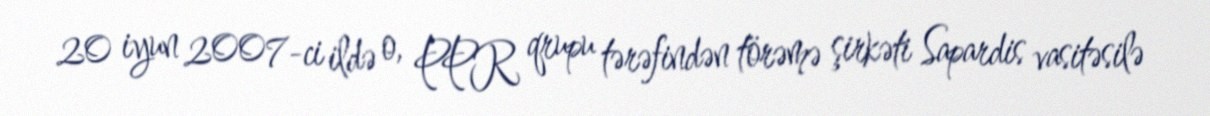
20 iyun 2007-ci ildə o, PPR qrupu tərəfindən törəmə şirkəti Sapardis vasitəsilə